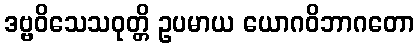
ဒဗ္ဗဝိသေသဝုတ္တိ ဥပမာယ ယောဂဝိဘာဂတော